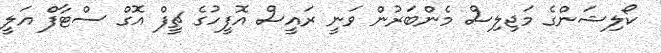
ކޯލިޝަންގެ މަޖިލިސް މެންބަރުން ވަނީ ރައީސް އޮފީހުގެ ޗީފް އޮގް ސްޓާފް އަލީ